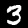
Label: 3